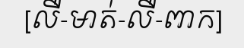
[លឺ-មាត់-លឺ-ពាក]